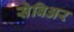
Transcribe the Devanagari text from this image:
सेविअर